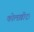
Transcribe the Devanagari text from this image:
कोलख़ीदा